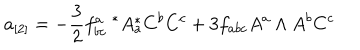
a _ { [ 2 ] } = - { \frac { 3 } { 2 } } f _ { b c } ^ { a } \ ^ { * } A _ { a } ^ { * } C ^ { b } C ^ { c } + 3 f _ { a b c } A ^ { a } \wedge A ^ { b } C ^ { c }